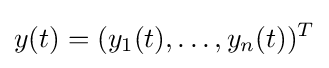
y(t)=(y_{1}(t),\dots ,y_{n}(t))^{T}